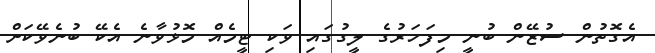
އެގޮތުން ސުޒޭން ބުނީ މިފަހަރުގެ ލީގުގައި ވަކި ޓީމެއް މޮޅުވާނެ އެކޭ ބުނެވޭކަށް